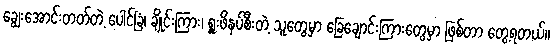
ချွေးအောင်းတတ်တဲ့ ပေါင်ခြံ၊ ချိုင်းကြား၊ ရှူးဖိနပ်စီးတဲ့ သူတွေမှာ ခြေချောင်းကြားတွေမှာ ဖြစ်တာ တွေ့ရတယ်။